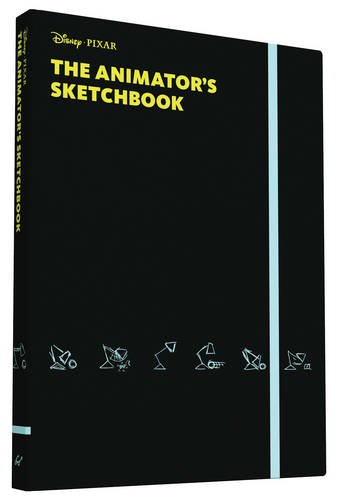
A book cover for The Animator's Sketchbook; Pixar; Comics & Graphic Novels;